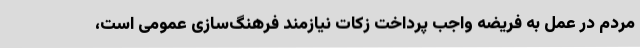
مردم در عمل به فریضه واجب پرداخت زکات نیازمند فرهنگ‌سازی عمومی است،